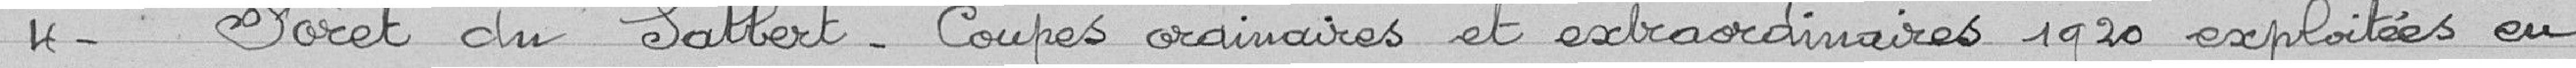
4 - Forêt du Salbert. Coupes ordinaires et extraordinaires 1920 exploitées en